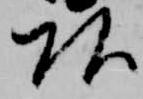
頭